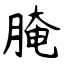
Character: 腌